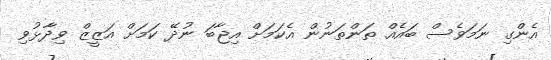
އެންގި ނަމަވެސް ބައެއް ތަންތަނުން އެކަމަށް އިޖާބަ ނުދޭ ކަމަށް އަޒީޒް ވިދާޅުވި